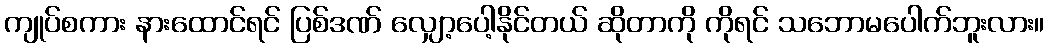
ကျုပ်စကား နားထောင်ရင် ပြစ်ဒဏ် လျှော့ပေါ့နိုင်တယ် ဆိုတာကို ကိုရင် သဘောမပေါက်ဘူးလား။